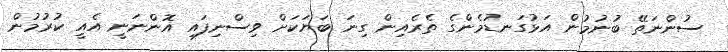
ސުންނަތޭ ބުނުމުން އަޅުގަނޑުމެންގެ ތެރެއިން ގިނަ ބަޔަކަށް ވިސްނިފައި އޮންނަނީ އެއީ ކުރުމުން